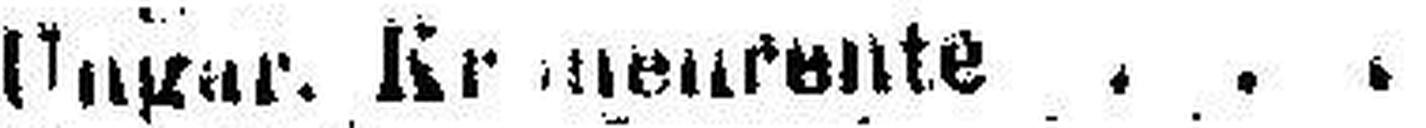
Ungar. Kronenrente